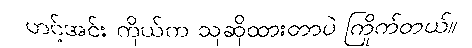
ဟင့်အင်း ကိုယ်က သူဆိုထားတာပဲ ကြိုက်တယ်။